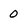
Character: 0